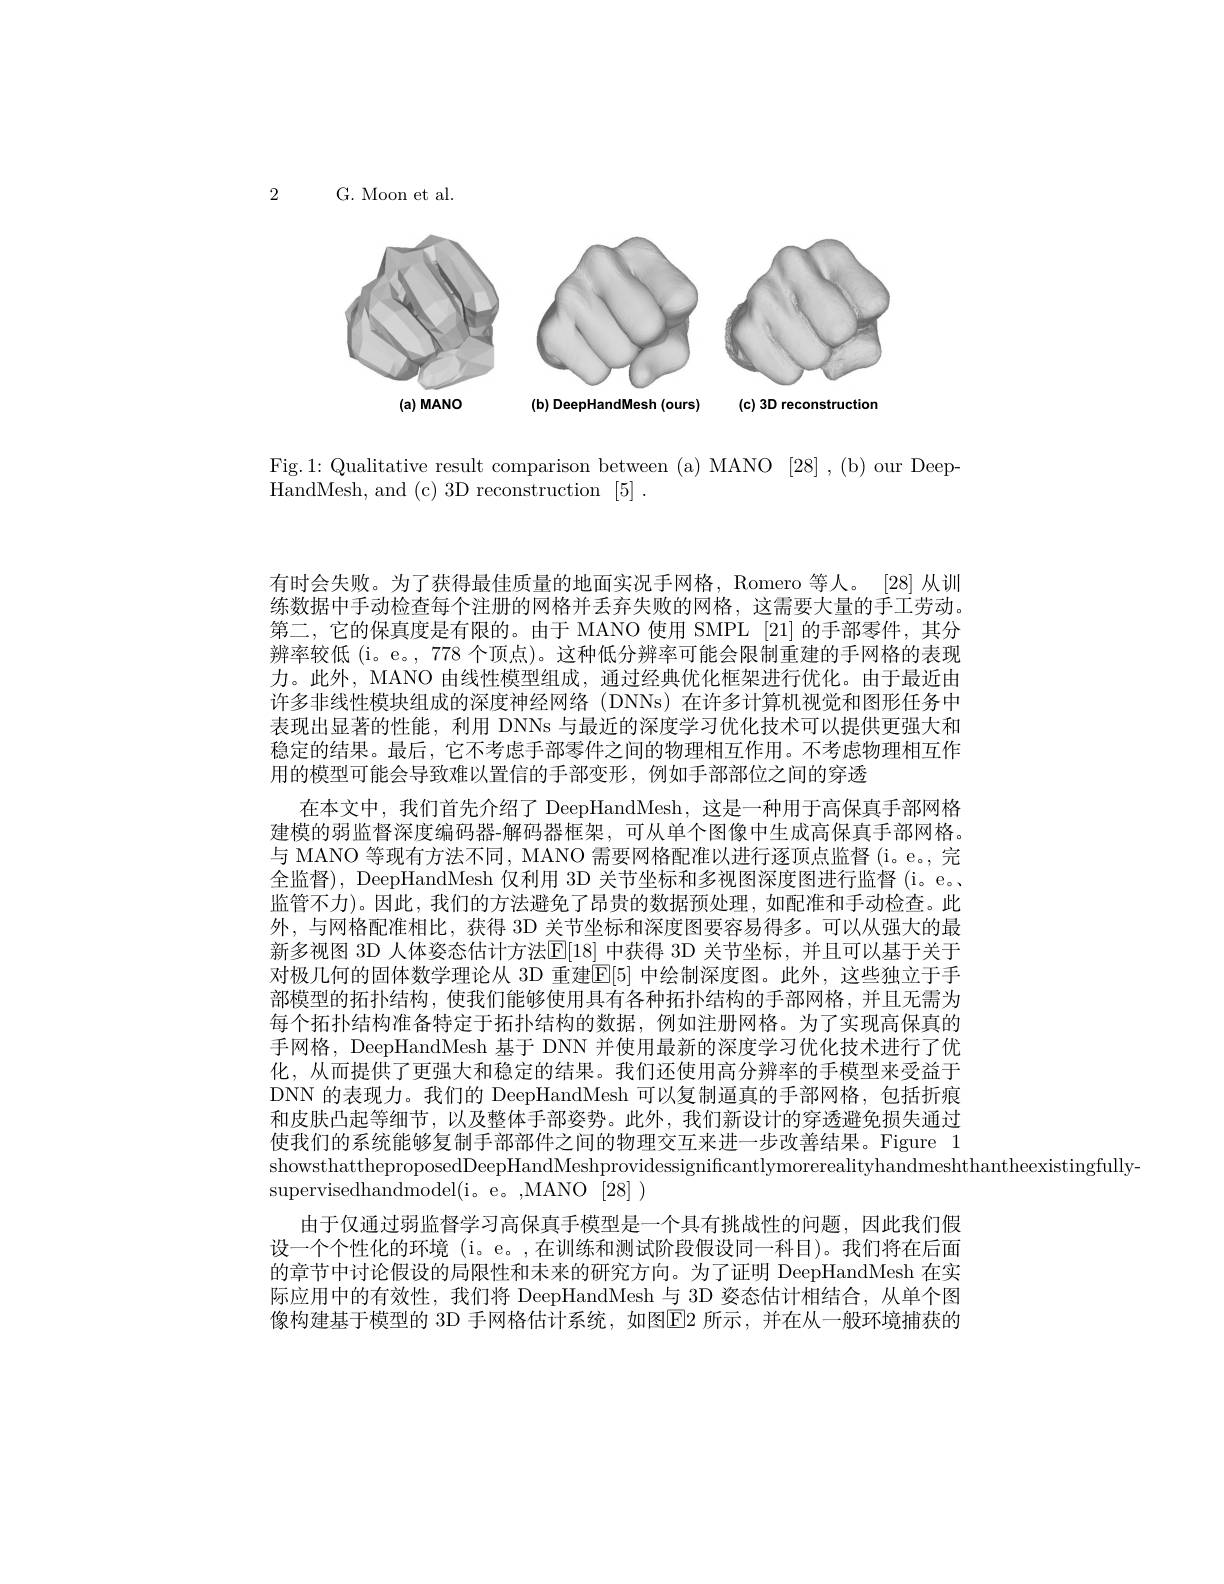
2

G. Moon et al.

<FigureHere>
$(a)$ MANO

<FigureHere>
$(\mathbf{b})$ DeepHandMesh (ours)

<FigureHere>

Fig.1: Qualitative result comparison between (a) MANO [28] , (b) our Deep
HandMesh, and (c) 3D reconstruction [5] .

有时会失败。为了获得最佳质量的地面实况手网格，Romero 等人。[28] 从训练数据中手动检查每个注册的网格并丢弃失败的网格，这需要大量的手工劳动。第二，它的保真度是有限的。由于 MANO 使用 SMPL [21] 的手部零件，其分辨率较低 (i。e。, 778 个顶点)。这种低分辨率可能会限制重建的手网格的表现力。此外，MANO 由线性模型组成，通过经典优化框架进行优化。由于最近由许多非线性模块组成的深度神经网络(DNNs)在许多计算机视觉和图形任务中表现出显著的性能，利用 DNNs 与最近的深度学习优化技术可以提供更强大和稳定的结果。最后，它不考虑手部零件之间的物理相互作用。不考虑物理相互作用的模型可能会导致难以置信的手部变形，例如手部部位之间的穿透
在本文中，我们首先介绍了 DeepHandMesh,这是一种用于高保真手部网格建模的弱监督深度编码器-解码器框架，可从单个图像中生成高保真手部网格。与 MANO 等现有方法不同，MANO 需要网格配准以进行逐顶点监督 (i。e。, 完全监督), DeepHandMesh 仅利用 3D 关节坐标和多视图深度图进行监督 (i。e。监管不力)。因此，我们的方法避免了昂贵的数据预处理，如配准和手动检查。此外，与网格配准相比，获得 3D 关节坐标和深度图要容易得多。可以从强大的最新多视图 3D 人体姿态估计方法[E]18] 中获得 3D 关节坐标，并且可以基于关于对极几何的固体数学理论从 3D 重建$\mathbb{E}[5]$ 中绘制深度图。此外，这些独立于手部模型的拓扑结构，使我们能够使用具有各种拓扑结构的手部网格，并且无需为每个拓扑结构准备特定于拓扑结构的数据，例如注册网格。为了实现高保真的手网格，DeepHandMesh 基于 DNN 并使用最新的深度学习优化技术进行了优化，从而提供了更强大和稳定的结果。我们还使用高分辨率的手模型来受益于DNN 的表现力。我们的 DeepHandMesh 可以复制逼真的手部网格，包括折痕和皮肤凸起等细节，以及整体手部姿势。此外，我们新设计的穿透避免损失通过使我们的系统能够复制手部部件之间的物理交互来进一步改善结果。Figure 1 showsthattheproposedDeepHandMeshprovidessignificantlymorerealityhandmeshthantheexistingfully-
supervisedhandmodel(i。e。,MANO[28])
由于仅通过弱监督学习高保真手模型是一个具有挑战性的问题，因此我们假设一个个性化的环境(i。e。,在训练和测试阶段假设同一科目)。我们将在后面的章节中讨论假设的局限性和未来的研究方向。为了证明 DeepHandMesh 在实际应用中的有效性，我们将 DeepHandMesh 与 3D 姿态估计相结合，从单个图像构建基于模型的 3D 手网格估计系统，如图$\overline{\mathrm{E}}$2 所示，并在从一般环境捕获的